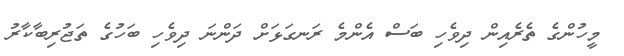
މީހުންގެ ތެރެއިން ދިވެހި ބަސް އެންމެ ރަނގަޅަށް ދަންނަ ދިވެހި ބަހުގެ ތަޖުރިބާކާރު